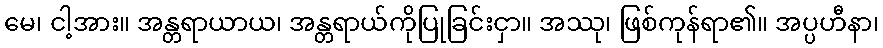
မေ၊ ငါ့အား။ အန္တရာယာယ၊ အန္တရာယ်ကိုပြုခြင်းငှာ။ အဿု၊ ဖြစ်ကုန်ရာ၏။ အပ္ပဟီနာ၊